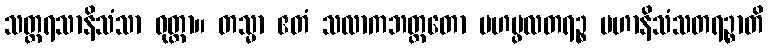
သတ္တရသာနိသံသာ ဝုတ္တာ။ တသ္မာ ဧတံ သလာကဘတ္တတော မဟပ္ဖလတရဉ္စ မဟာနိသံသတရဉ္စာတိ